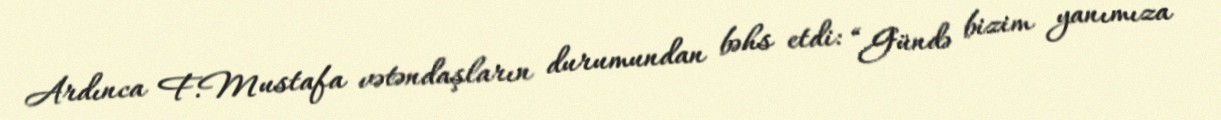
Ardınca F.Mustafa vətəndaşların durumundan bəhs etdi: “Gündə bizim yanımıza